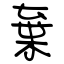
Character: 棄